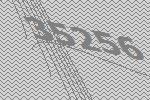
35256